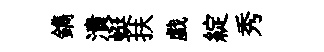
鐫潰蜓扶戯綻秀